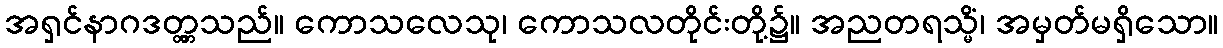
အရှင်နာဂဒတ္တ္တသည်။ ကောသလေသု၊ ကောသလတိုင်းတို့၌။ အညတရသ္မိံ၊ အမှတ်မရှိသော။